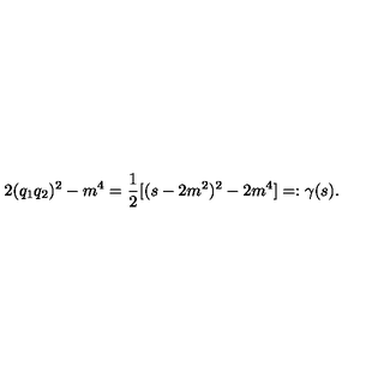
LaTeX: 2 ( q _ { 1 } q _ { 2 } ) ^ { 2 } - m ^ { 4 } = \frac { 1 } { 2 } [ ( s - 2 m ^ { 2 } ) ^ { 2 } - 2 m ^ { 4 } ] = : \gamma ( s ) .